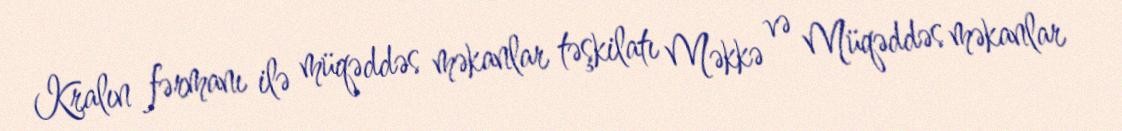
Kralın fərmanı ilə müqəddəs məkanlar təşkilatı Məkkə və Müqəddəs məkanlar